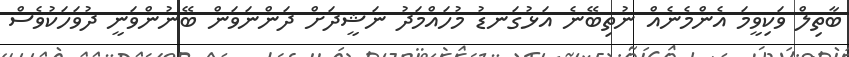
ބާތިލް ވަކިވީމަ އެންމެނެއް ނުތިބޭނެ އަޅުގަނޑު މުހައްމަދު ނަޝީދަށް ދަންނަވަން ބޭނުންވަނީ ދުވަހަކުވެސް